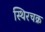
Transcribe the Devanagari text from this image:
स्थिरचक्र